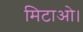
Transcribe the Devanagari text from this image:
मिटाओ।